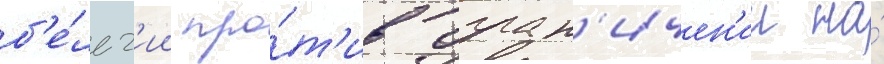
б'е́льг'ии про́т'ив огран'ичен'ии на́